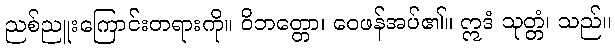
ညစ်ညူးကြောင်းတရားကို။ ဝိဘတ္တော၊ ဝေဖန်အပ်၏။ ဣဒံ သုတ္တံ၊ သည်။